Civil Veterinary Dept. Bombay admin report 1914-1922 - 1914-1922
Year: 1914
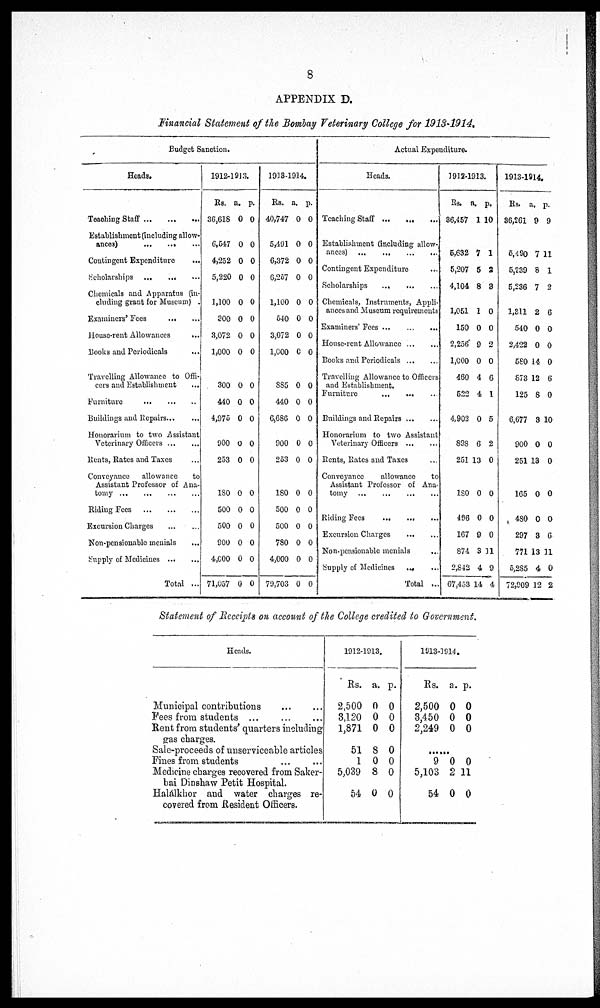
8
APPENDIX D.
Financial Statement of the Bombay Veterinary College for 1913~1914.
Budget Sanction.
Heads.
Teaching Staff
...
...
...
Establishment (including allow-
ances)
...
...
...
Contingent Expenditure
...
Scholarships
...
...
...
Chemicals and Apparatus (in-
cluding grant for Museum) .
Examiners' Fees
...
...
House-rent Allowances
...
Books and Periodicals
...
Travelling Allowance to Offi-
cers and Establishment ...
Furniture
...
...
...
Buildings and Repairs ... ...
Honorarium to two Assistant
Veterinary Officers
...
...
Rents, Rates and Taxes ...
Conveyance
allowance
to
Assistant Professor of Ana-
tomy
...
...
...
...
Riding Fees
...
...
...
Excursion Charges ... ...
Non-pensionable menials ...
Supply of Medicines ... ...
Total ...
1912-1913.
Rs.
36,618
6,547
4,252
5,220
1,100
300
3,072
1,000
300
440
4,975
900
253
180
500
500
900
4,000
71,057
a.
0
0
0
0
0
0
0
0
0
0
0
0
0
0
0
0
0
0
0
p.
0
0
0
0
0
0
0
0
0
0
0
0
0
0
0
0
0
0
0
1913-1914.
Rs.
40,747
5,491
6,372
6,257
1,100
540
3,072
1,000
885
440
6,686
900
253
180
500
500
780
4,000
79,703
a.
0
0
0
0
0
0
0
0
0
0
0
0
0
0
0
0
0
0
0
p.
0
0
0
0
0
0
0
0
0
0
0
0
0
0
0
0
0
0
0
Actual Expenditure.
Heads.
Teaching Staff ...
...
...
Establishment (including allow-
ances)
...
...
...
...
Contingent Expenditure
Scholarships
...
...
...
Chemicals, Instruments, Appli-
ances and Museum requirements
Examiners' Fees
...
...
...
House-rent Allowance
...
...
Books and Periodicals
...
...
Travelling Allowance to Officers
and Establishment.
Furniture
...
...
...
Buildings and Repairs ... ...
Honorarium to two Assistant
Veterinary Officers
...
...
Rents, Kates and Taxes
Conveyance
allowance
to
Assistant Professor of Ana-
tomy
...
...
...
...
Riding Fees
...
...
...
Excursion Charges
...
...
Non-pensionable menials ...
Supply of Medicines
... ...
Total ...
1912-1913.
Rs.
36,457
5,632
5,207
4,104
1,051
150
2,256
1,000
460
522
4,902
898
251
180
496
167
874
2,842
67,453
a.
1
7
5
8
1
0
9
0
4
4
0
6
13
0
0
9
3
4
14
p.
10
1
2
3
0
0
2
0
6
1
5
2
0
0
0
0
11
9
4
1913-1914.
Rs.
36,261
5,490
5,239
5,236
1,811
540
2,422
580
873
125
6,677
900
251
165
480
297
771
5,285
72,909
a.
9
7
8
7
2
0
0
14
12
8
3
0
13
0
0
3
13
4
12
p.
9
11
1
2
6
0
0
0
6
0
10
0
0
0
0
6
11
0
2
Statement of Receipts on account of the College credited to Government.
Heads.
Municipal contributions
...
...
Fees from students ... ... ...
Rent from students' quarters including
gas charges.
Sale-proceeds of unserviceable articles
Fines from students
Medicine charges recovered from Saker-
bai Dinshaw Petit Hospital.
Halálkhor and water charges re-
covered from Resident Officers.
1912-1913.
Rs.
2,500
3,120
1,871
51
1
5,039
54
a.
0
0
0
8
0
8
0
p.
0
0
0
0
0
0
0
1918-1914.
Rs.
2,500
3,450
2,249
a.
0
0
0
p.
0
0
0
.......
9
5,103
54
0
2
0
0
11
0